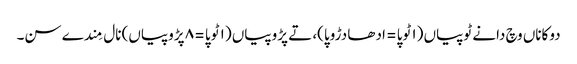
دوکاناں وچ دانے ٹوپیاں (١ ٹوپا = ادھا دڑوپا)، تے پڑوپیاں (١ ٹوپا = ٨ پڑوپیاں) نال مِندے سن۔